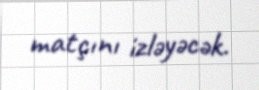
matçını izləyəcək.